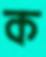
ক